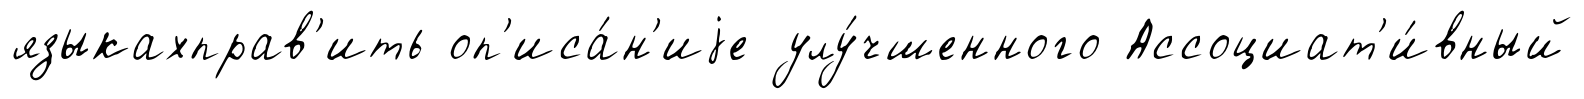
языкахправ'ить оп'иса́н'иjе улу́чшенного Ассоциат'и́вный